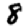
Digit: 8